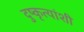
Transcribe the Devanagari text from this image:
दुष्कृत्यांशी